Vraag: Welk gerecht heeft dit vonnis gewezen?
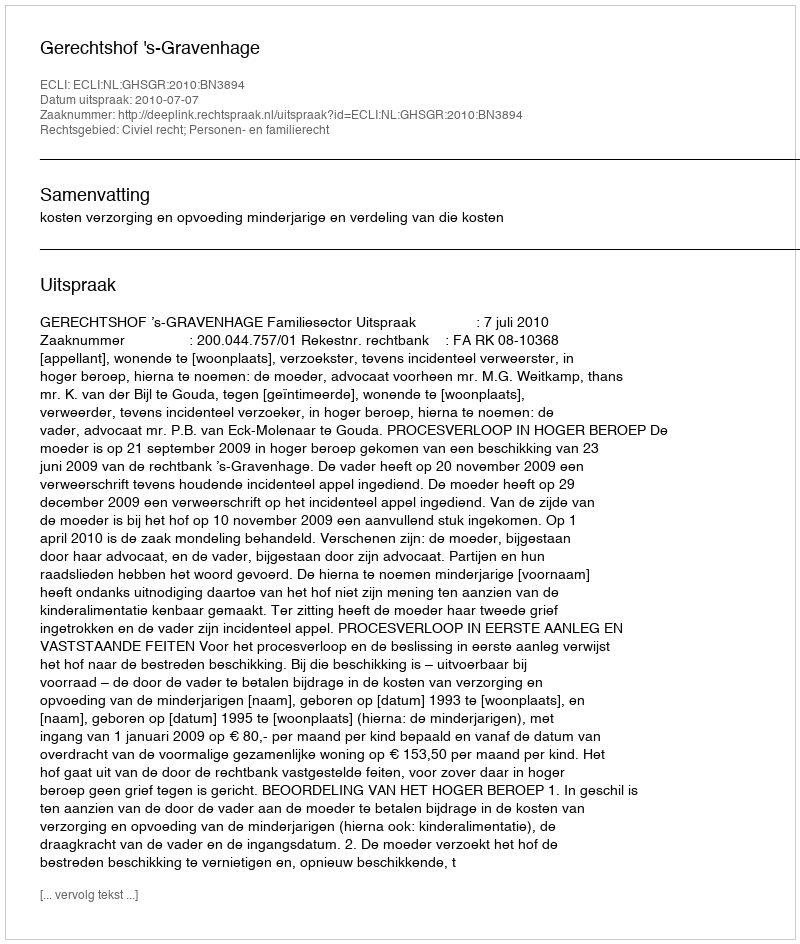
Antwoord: Gerechtshof 's-Gravenhage